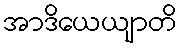
အာဒိယေယျာတိ